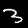
Label: 3